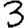
Digit: 3